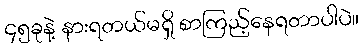
၄၅ခုနဲ့ နားရတယ်မရှိ စာကြည့်နေရတာပါပဲ။